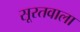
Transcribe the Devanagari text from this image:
सूरतवाला